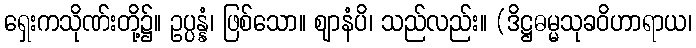
ရှေးကသိုဏ်းတို့၌။ ဥပ္ပန္နံ၊ ဖြစ်သော။ ဈာနံပိ၊ သည်လည်း။ (ဒိဋ္ဌဓမ္မသုခဝိဟာရာယ၊